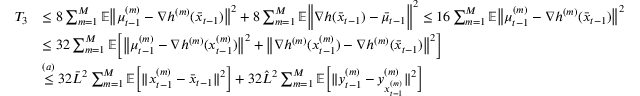
\begin{array} { r l } { T _ { 3 } } & { \leq 8 \sum _ { m = 1 } ^ { M } \mathbb { E } \big \| \mu _ { t - 1 } ^ { ( m ) } - \nabla h ^ { ( m ) } ( \bar { x } _ { t - 1 } ) \big \| ^ { 2 } + 8 \sum _ { m = 1 } ^ { M } \mathbb { E } \bigg \| \nabla h ( \bar { x } _ { t - 1 } ) - \bar { \mu } _ { t - 1 } \bigg \| ^ { 2 } \leq 1 6 \sum _ { m = 1 } ^ { M } \mathbb { E } \big \| \mu _ { t - 1 } ^ { ( m ) } - \nabla h ^ { ( m ) } ( \bar { x } _ { t - 1 } ) \big \| ^ { 2 } } \\ & { \leq 3 2 \sum _ { m = 1 } ^ { M } \mathbb { E } \bigg [ \big \| \mu _ { t - 1 } ^ { ( m ) } - \nabla h ^ { ( m ) } ( x _ { t - 1 } ^ { ( m ) } ) \big \| ^ { 2 } + \big \| \nabla h ^ { ( m ) } ( x _ { t - 1 } ^ { ( m ) } ) - \nabla h ^ { ( m ) } ( \bar { x } _ { t - 1 } ) \big \| ^ { 2 } \bigg ] } \\ & { \overset { ( a ) } { \leq } 3 2 \bar { L } ^ { 2 } \sum _ { m = 1 } ^ { M } \mathbb { E } \bigg [ \| x _ { t - 1 } ^ { ( m ) } - \bar { x } _ { t - 1 } \| ^ { 2 } \bigg ] + 3 2 \hat { L } ^ { 2 } \sum _ { m = 1 } ^ { M } \mathbb { E } \bigg [ \| y _ { t - 1 } ^ { ( m ) } - y _ { x _ { t - 1 } ^ { ( m ) } } ^ { ( m ) } \| ^ { 2 } \bigg ] } \end{array}